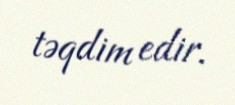
təqdim edir.